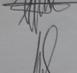
Signature authenticity: genuine